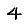
Digit: 4